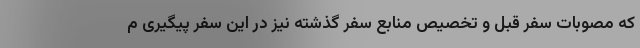
که مصوبات سفر قبل و تخصیص منابع سفر گذشته نیز در این سفر پیگیری م